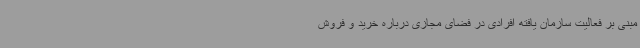
مبنی بر فعالیت سازمان یافته افرادی در فضای مجازی درباره خرید و فروش